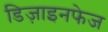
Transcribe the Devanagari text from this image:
डिज़ाइनफेज